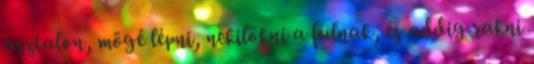
asztalon, mögé lépni, nekilökni a falnak, és addig rakni